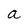
Character: a